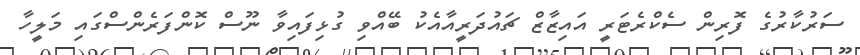
ސަރުކާރުގެ ފޮރިން ސެކްރެޓަރީ އައިޒާޒް ޗައުދަރީއާއެކު ބޭއްވި ގުޅިފައިވާ ނޫސް ކޮންފަރެންސްގައި މަލީހާ